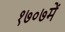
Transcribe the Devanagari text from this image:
१७०७में